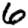
Digit: 6